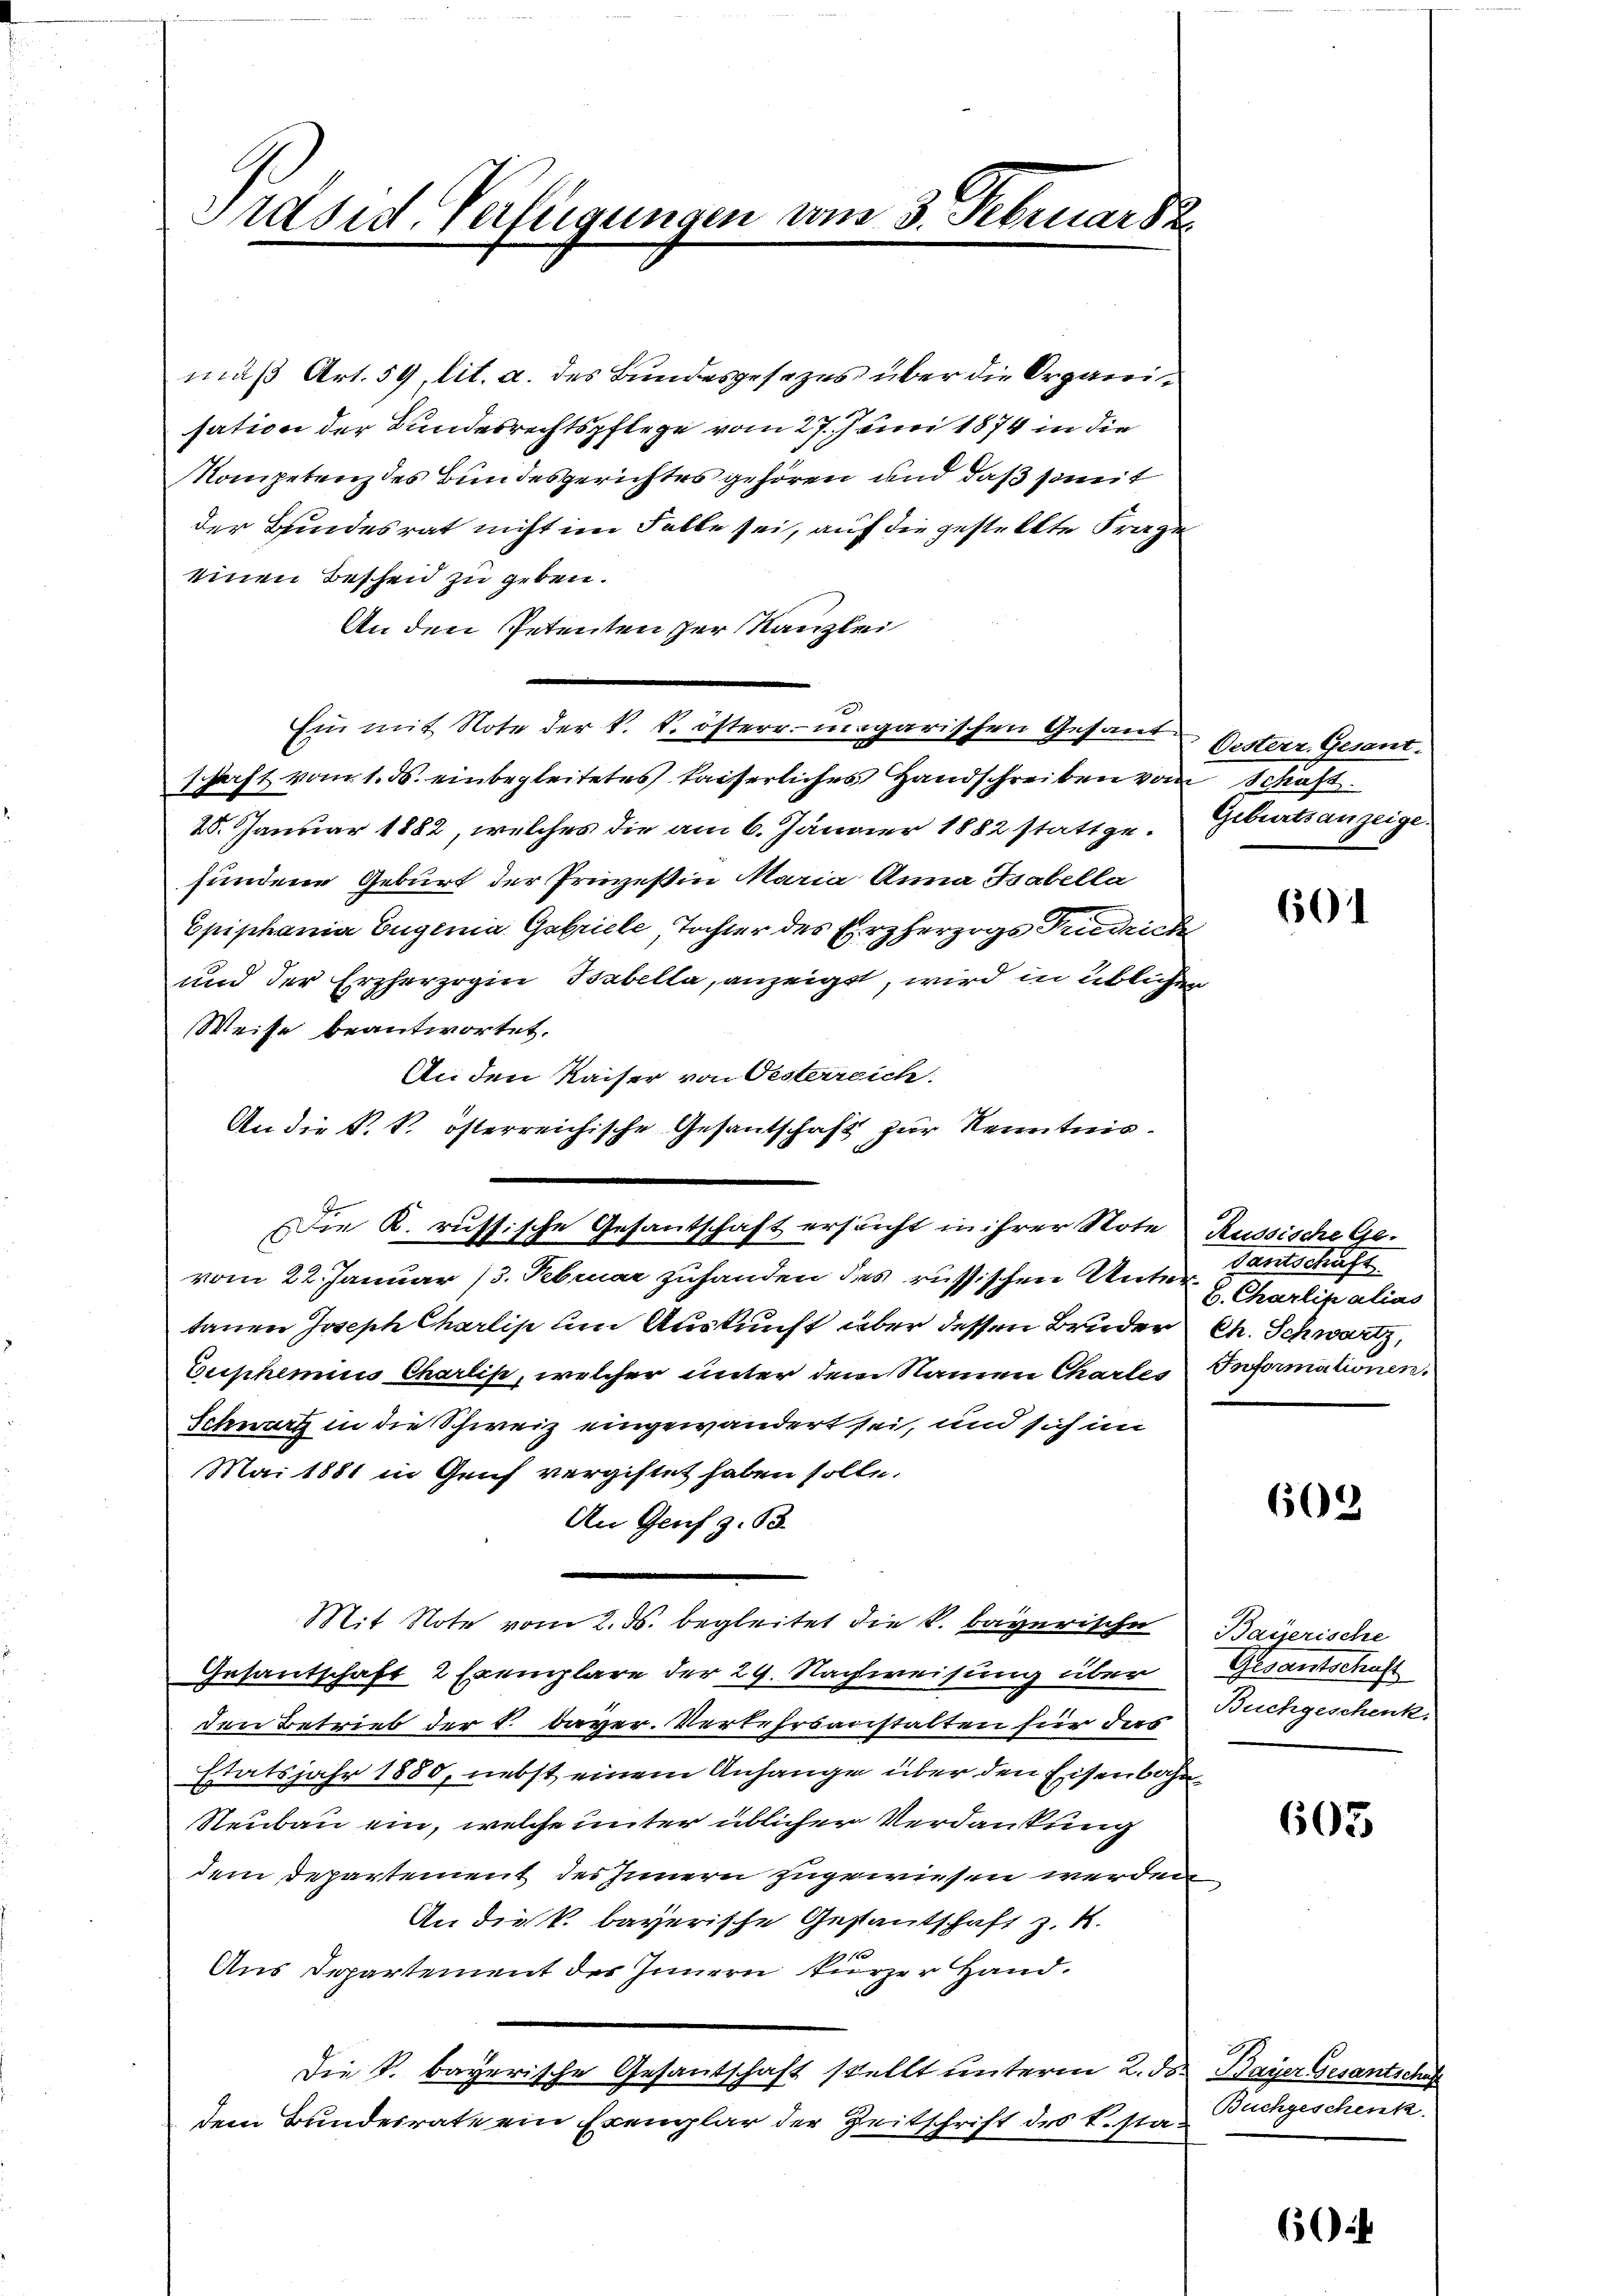
Präsid-Verfügungen vom 3. Februars.

mäß Art. 59, lit. a. des Bundesgesezes über die Organisation der Bundesrechtspflege vom 27. Juni 1874 in die
Kompetenz des Bundesgerichtes gehören und daß somit
der Bundesrat nicht im Falle sei, auf die gestellte Frage
einen Bescheid zu geben.
An den Petenten der Kanzlei
Ein mit Note der k. k. österr. ungarischen Gesand Besterr. Gesanschaft vom 1. ds. einbegleitetes kaiserliches Handschreiben vom Schaft
20. Januar 1882, welches die am 6. Jänner 1882 stattge- Geburtsanzeige.
fundene Geburt der Prevestin Maria Anna Tabella
Epiphania Eugenia Gabriele, Tochter des Erzherzogs Friedrich
und der Erzherzogin Babella, anzeigt, wird in üblicher
Weise beantwortet.
An den Kaiser von Oesterreich
An die k. k. österreichische Gesantschaft zur Kenntnis¬
Die K. russische Gesantschaft ersucht in ihrer Note Russische Gevom 22. Januar 13. Februar zuhanden des russischen Unter Charlipalias
tanen Joseph Charlis um Auskunft über dessen Bruder Ch. Schwartz,
Eupheimis Charlis, welcher unter dem Namen Charles Informationen.
Schwatz in die Schweiz eingewandert sei, und sich im
Mai 1881 in Genf vergiftet haben solle.
An Genf z. B.
Mit Note vom 2. ds. begleitet die k. bayerischen
Gesantschaft, 2 Exemplare der 29. Nachweisung über
den Betrieb der k. bayer. Verkehrsanstalten für dies
Etatsjahr 1880, nebst einem Anhange über den Eisenbahn¬
Neubau ein, welche unter üblicher Verdankung
dem Departement des Innern zugewiesen werden
An die k. bayerische Gestantschaft z. K.
2
Aus Departement des Innern kurzer Hand.
Die k. bayerische Gesantschaft stellt unterm 2. ds. Bayer Gesantschaf
dem Bundesrate ein Exemplar der Zeitschrift des B.sta¬

601

dantschaft

602

Bayerische
Gesantschaft
Buchgeschenk.

605

Buchgeschenk.

6